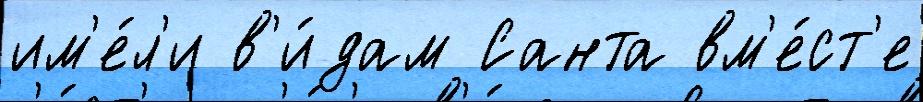
им'е́л'и в'и́дам Санта вм'е́ст'е